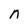
Character: n